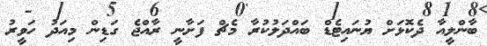
ބާންލީއާ ދެކޮޅަށް ޔުނައިޓެޑް ބައްދަލުކުރާ މެޗް ފަށާނީ ރާއްޖެ ގަޑިން މިއަދު ހަވީރު